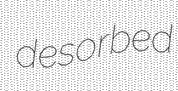
desorbed